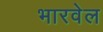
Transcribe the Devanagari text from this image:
भारवेल